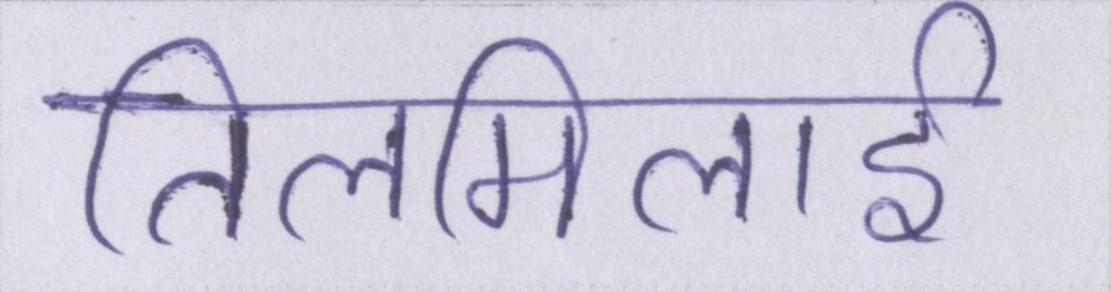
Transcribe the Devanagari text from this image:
तिलमिलाई